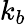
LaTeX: k_{b}